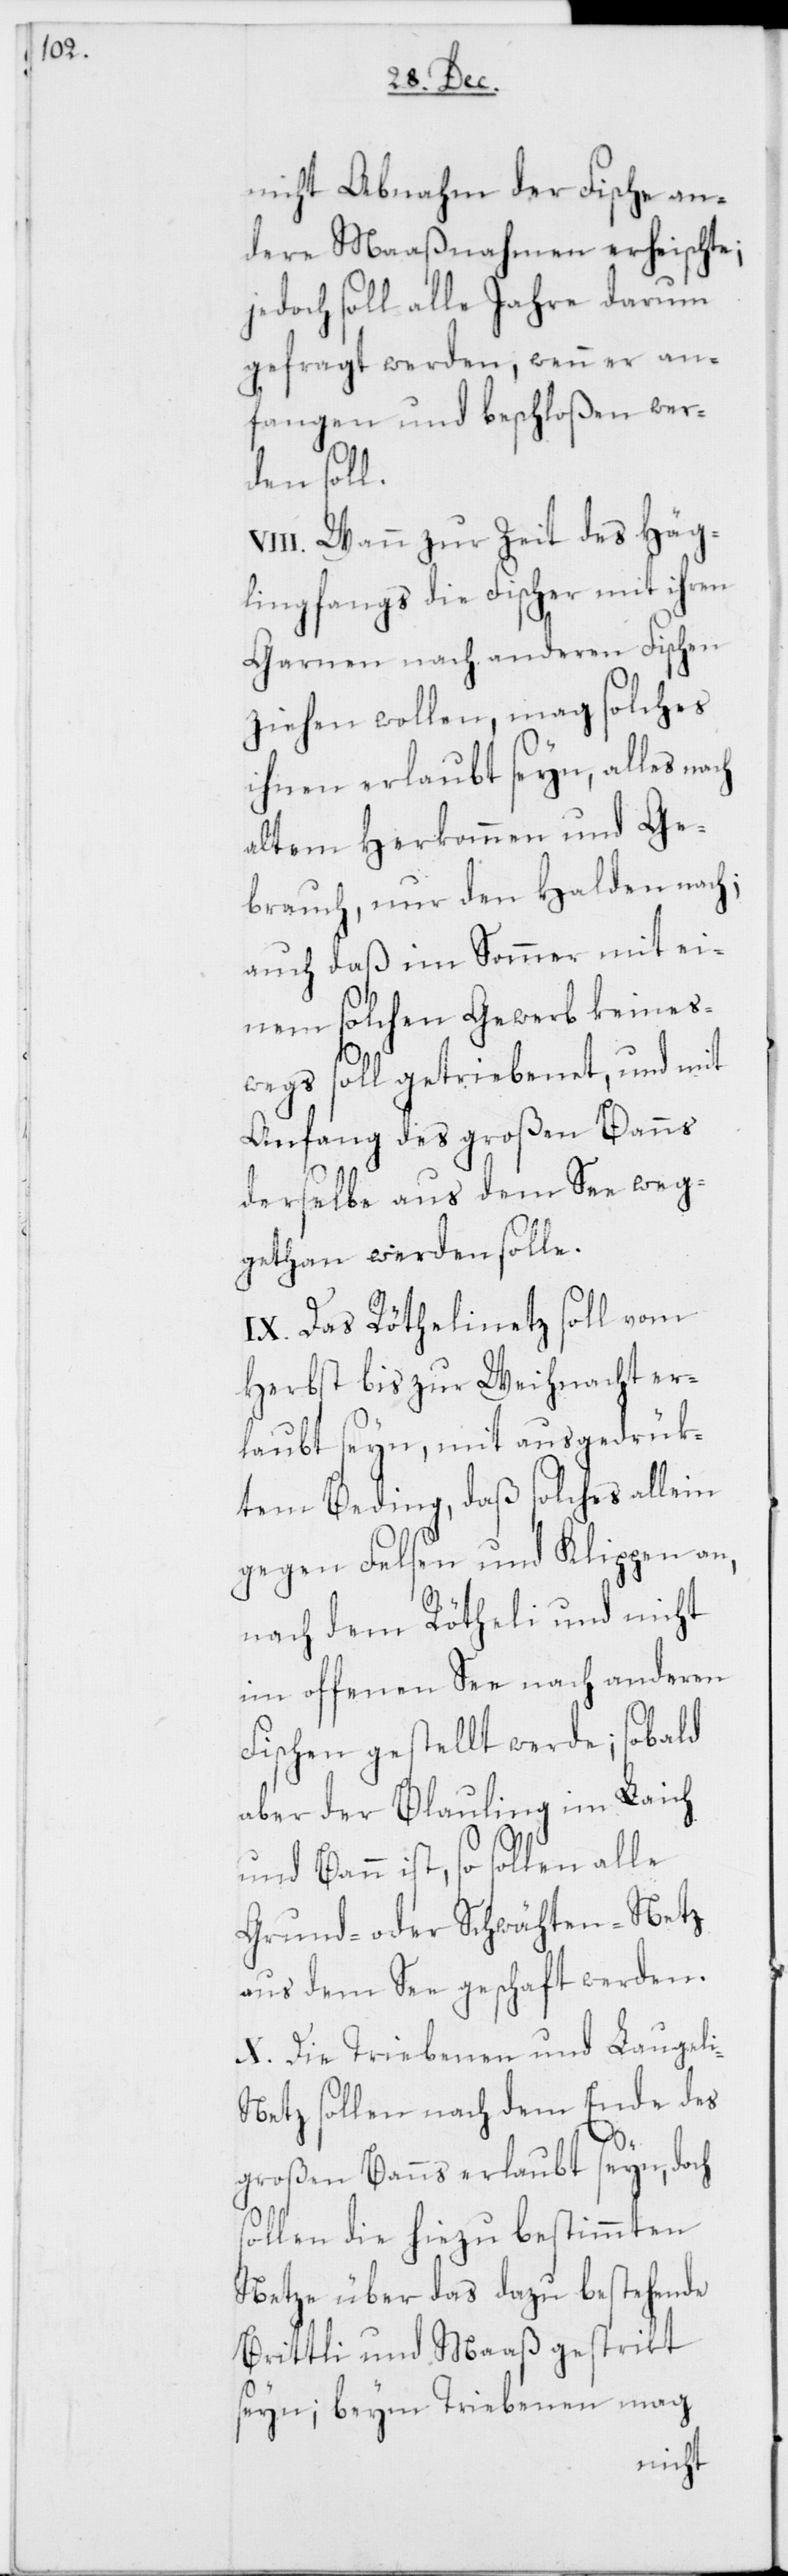
nicht Abnahm der Fische an¬
dere Maaßnahmen erheischte;
jedoch soll alle Jahre darum
gefragt werden, wenn er an¬
fangen und beschloßen wer¬
den soll.
III. Wann zur Zeit des Häg¬
lingfangs die Fischer mit ihren
Garnen nach anderen Fischen
ziehen wollen, mag solches
ihnen erlaubt seyn, alles nach
altem Herkommen und Ge¬
brauch, nur den Halden nach;
auch daß im Sommer mit ei¬
nem solchen Gewerb keines¬
V¬
wegs soll getriebenet, und mit
Anfang des großen Banns
derselbe aus dem See weg¬
gethan werden solle.
IX. Das Röthelinetz soll vom
Herbst bis zur Weihnacht er¬
laubt seyn, mit ausgedrük¬
tem Beding, daß solches allein
gegen Felsen und Klippen an,
nach dem Rötheli und nicht
im offenen See nach anderen
Fischen gestellt werde; sobald
aber der Blauling im Laich
und Bann ist, so sollen alle
Grund- oder Schwähten-Netz
aus dem See geschaft werden.
X. Die Triebenen und Laugel¬
i-Netz sollen nach dem Ende des
großen Banns erlaubt seyn, doch
sollen die hiezu bestimmten
Netze über das dazu bestehende
Brittli und Maaß gestrikt
seyn; beym Triebenen mag